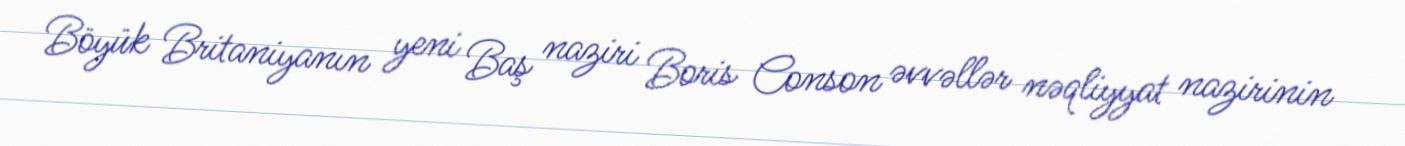
Böyük Britaniyanın yeni Baş naziri Boris Conson əvvəllər nəqliyyat nazirinin